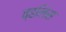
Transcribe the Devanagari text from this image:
व्हलिस